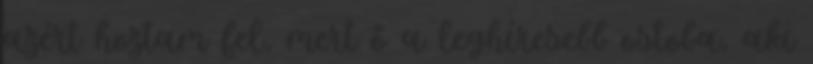
azért hoztam fel, mert ő a leghíresebb ostoba, aki